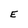
Character: E